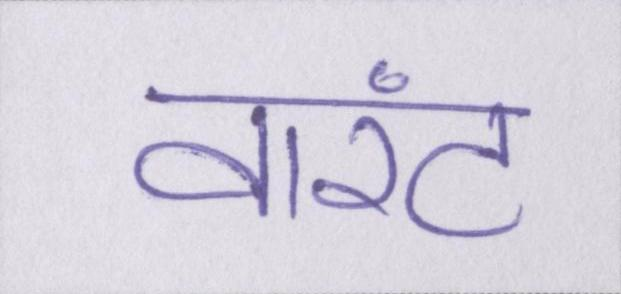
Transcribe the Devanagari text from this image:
वारंट